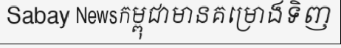
Sabay Newsកម្ពុជាមានគម្រោងទិញ